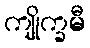
ကျိုက္ခမီ